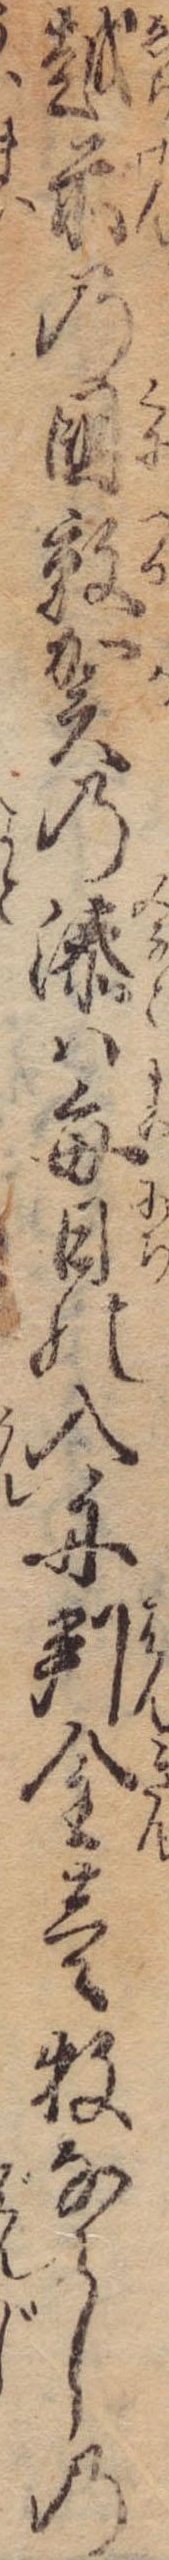
越前の国敦賀の湊は毎日の入舟判金壱牧ならしの